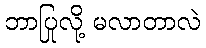
ဘာပြုလို့ မလာတာလဲ